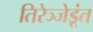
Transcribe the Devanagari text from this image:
तिरेञ्जेडूंत